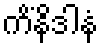
ကိံနိဒါနံ